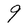
Character: 9